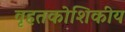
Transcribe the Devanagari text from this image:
वृहतकोशिकीय